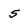
Character: 5